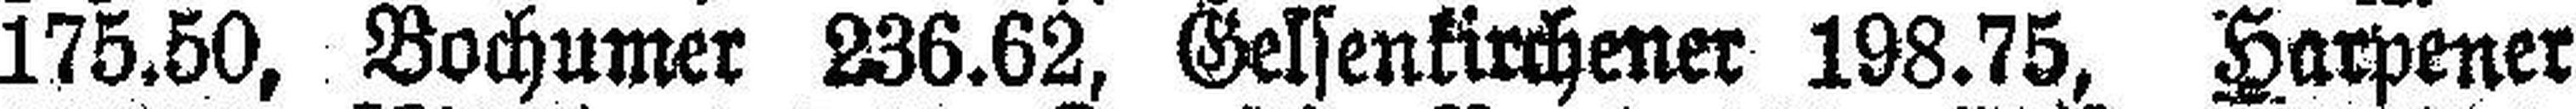
175.50, Bochumer 236.62, Gelsenkirchener 198.75, Harpener